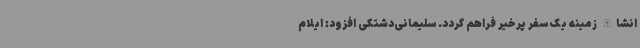
انشاالله زمینه یک سفر پرخیر فراهم گردد. سلیمانی‌دشتکی افزود: ایلام